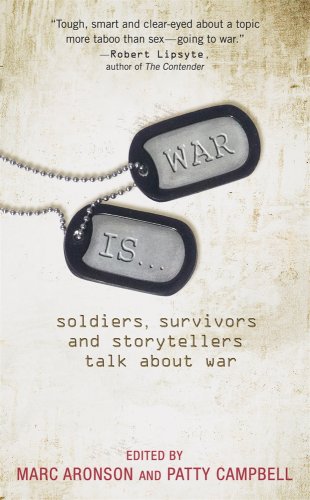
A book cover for War Is...: Soldiers, Survivors and Storytellers Talk about War; Teen & Young Adult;